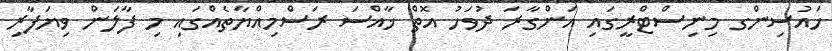
ހައުސިންގ މިނިސްޓްރީގައި އަންގާރަ ދުވަހު އޮތް ޚާއްސަ ރަސްމިއްޔާތެއްގައި މި ފާލަން ވިޔަފާރި